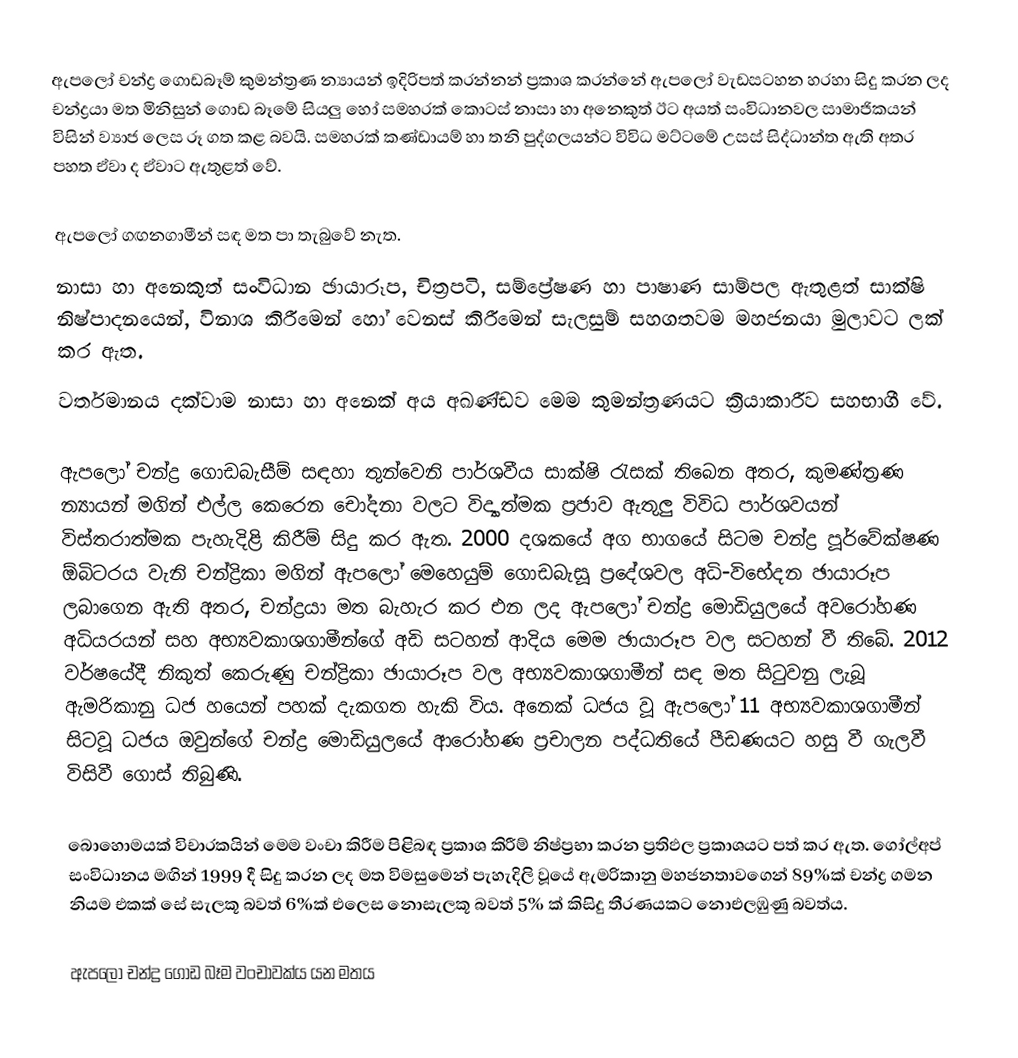
ඇපලෝ චන්ද්‍ර ගොඩබෑම් කුමන්ත්‍රණ න්‍යායන් ඉදිරිපත් කරන්නන් ප්‍රකාශ කරන්නේ ඇපලෝ වැඩසටහන හරහා සිදු කරන ලද චන්ද්‍රයා මත මිනිසුන් ගොඩ බෑමේ සියලු හෝ සමහරක් කොටස් නාසා හා අනෙකුත් ඊට අයත් සංවිධානවල සාමාජිකයන් විසින් ව්‍යාජ ලෙස රූ ගත කළ බවයි. සමහරක් කණ්ඩායම් හා තනි පුද්ගලයන්ට විවිධ මට්ටමේ උසස් සිද්ධාන්ත ඇති අතර පහත ඒවා ද ඒවාට ඇතුළත් වේ.

 ඇපලෝ ගඟනගාමීන් සඳ මත පා තැබුවේ නැත.
 නාසා හා අනෙකුත් සංවිධාන ඡායාරූප, චිත්‍රපටි, සම්ප්‍රේෂණ හා පාෂාණ සාම්පල ඇතුළත් සාක්ෂි නිෂ්පාදනයෙන්, විනාශ කිරීමෙන් හෝ වෙනස් කිරීමෙන් සැලසුම් සහගතවම මහජනයා මුලාවට ලක් කර ඇත.
 වර්තමානය දක්වාම නාසා හා අනෙක් අය අඛණ්ඩව මෙම කුමන්ත්‍රණයට ක්‍රියාකාරීව සහභාගී වේ.

ඇපලෝ චන්ද්‍ර ගොඩබැසීම් සඳහා තුන්වෙනි පාර්ශවීය සාක්ෂි රැසක් තිබෙන අතර, කුමණ්ත්‍රණ න්‍යායන් මගින් එල්ල කෙරෙන චෝදනා වලට විද්‍යාත්මක ප්‍රජාව ඇතුලු විවිධ පාර්ශව‍යන් විස්තරාත්මක පැහැදිළි කිරීම් සිදු කර ඇත. 2000 දශකයේ අග භාගයේ සිටම චන්ද්‍ර පූර්වේක්ෂණ ඕබිටරය වැනි චන්ද්‍රිකා මගින් ඇපලෝ මෙහෙයුම් ගොඩබැසූ ප්‍රදේශවල අධි-විභේදන ඡායාරූප ලබාගෙන ඇති අතර, චන්ද්‍රයා මත බැහැර කර එන ලද ඇපලෝ චන්ද්‍ර මොඩියුලයේ අවරෝහණ අධියර‍යන් සහ අභ්‍යවකාශගාමීන්ගේ අඩි සටහන් ආදිය මෙම ඡායාරූප වල සටහන් වී තිබේ. 2012 වර්ෂයේදී නිකුත් කෙරුණු චන්ද්‍රිකා ඡායාරූප වල අභ්‍යවකාශගාමීන් සඳ මත සිටුවනු ලැබූ ඇමරිකානු ධජ හයෙන් පහක් දැකගත හැකි විය. අනෙක් ධජය වූ ඇපලෝ 11 අභ්‍යවකාශගාමීන් සිටවූ ධජය ඔවුන්ගේ චන්ද්‍ර මොඩියුලයේ ආරෝහණ ප්‍රචාලන පද්ධතියේ පීඩණයට හසු වී ගැලවී විසිවී ගොස් තිබුණි.

බොහොමයක් විචාරකයින් මෙම වංචා කිරීම පිළිබඳ ප්‍රකාශ කිරීම් නිෂ්ප්‍රභා කරන ප්‍රතිඵල ප්‍රකාශයට පත් කර ඇත. ගෝල්අප් සංවිධානය මඟින් 1999 දී සිදු කරන ලද මත විමසුමෙන් පැහැදිලි වූයේ ඇමරිකානු මහජනතාවගෙන් 89%ක් චන්ද්‍ර ගමන නියම එකක් සේ සැලකූ බවත් 6%ක් එලෙස නොසැලකූ බවත් 5% ක් කිසිදු තීරණයකට නොඑලඹුණු බවත්ය.

ඇපලෝ චන්ද්‍ර ගොඩ බෑම වංචාවක්ය යන මතය